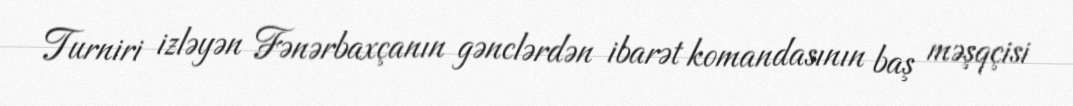
Turniri izləyən Fənərbaxçanın gənclərdən ibarət komandasının baş məşqçisi